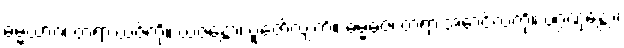
ဓမ္မယာဂံ၊ တရားယဇ်ကို။ ယဇန္တော၊ ပူဇော်လျက်။ ဓမ္မဓဇံ၊ တရားအောင်လံကို။ ပဂ္ဂဏှန္တော၊